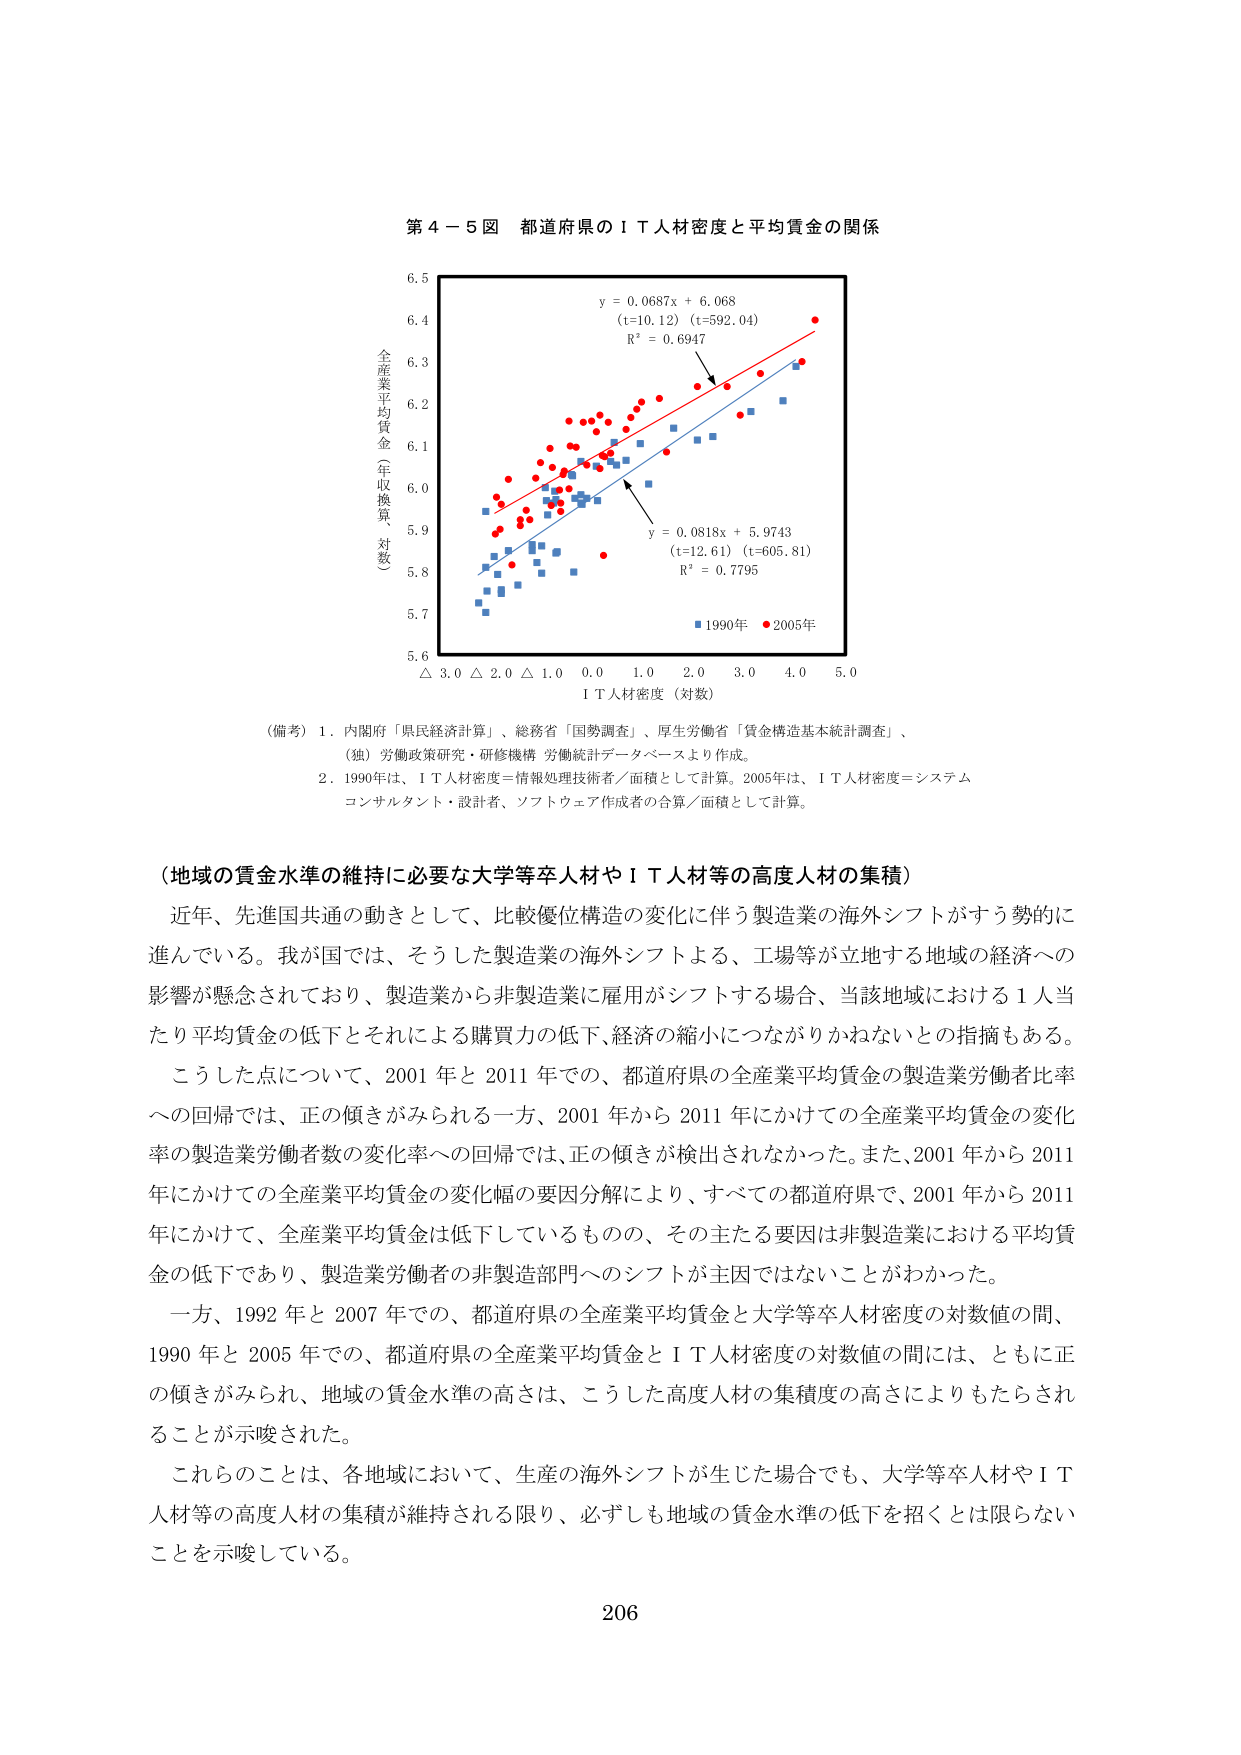
第４－５図 都道府県のＩＴ人材密度と平均賃金の関係

y = 0.0687x + 6.068
(t=10.12) (t=592.04)
R² = 0.6947

y = 0.0818x + 5.9743
(t=12.61) (t=605.81)
R² = 0.7795

全産業平均賃金（年収換算、対数）
5.6 5.7 5.8 5.9 6.0 6.1 6.2 6.3 6.4 6.5

△ 3.0 △ 2.0 △ 1.0 0.0 1.0 2.0 3.0 4.0 5.0
ＩＴ人材密度（対数）

■ 1990年 ● 2005年

（備考）1．内閣府「県民経済計算」、総務省「国勢調査」、厚生労働省「賃金構造基本統計調査」、
（独）労働政策研究・研修機構 労働統計データベースより作成。
2．1990年は、ＩＴ人材密度＝情報処理技術者／面積として計算。2005年は、ＩＴ人材密度＝システム
コンサルタント・設計者、ソフトウェア作成者の合算／面積として計算。

（地域の賃金水準の維持に必要な大学等卒人材やＩＴ人材等の高度人材の集積）
近年、先進国共通の動きとして、比較優位構造の変化に伴う製造業の海外シフトがすう勢的に
進んでいる。我が国では、そうした製造業の海外シフトよる、工場等が立地する地域の経済への
影響が懸念されており、製造業から非製造業に雇用がシフトする場合、当該地域における１人当
たり平均賃金の低下とそれによる購買力の低下、経済の縮小につながりかねないとの指摘もある。
こうした点について、2001年と2011年での、都道府県の全産業平均賃金の製造業労働者比率
への回帰では、正の傾きがみられる一方、2001年から2011年にかけての全産業平均賃金の変化
率の製造業労働者数の変化率への回帰では、正の傾きが検出されなかった。また、2001年から2011
年にかけての全産業平均賃金の変化幅の要因分解により、すべての都道府県で、2001年から2011
年にかけて、全産業平均賃金は低下しているものの、その主たる要因は非製造業における平均賃
金の低下であり、製造業労働者の非製造部門へのシフトが主因ではないことがわかった。
一方、1992年と2007年での、都道府県の全産業平均賃金と大学等卒人材密度の対数値の間、
1990年と2005年での、都道府県の全産業平均賃金とＩＴ人材密度の対数値の間には、ともに正
の傾きがみられ、地域の賃金水準の高さは、こうした高度人材の集積度の高さによりもたらされ
ることが示唆された。
これらのこととは、各地域において、生産の海外シフトが生じた場合でも、大学等卒人材やＩＴ
人材等の高度人材の集積が維持される限り、必ずしも地域の賃金水準の低下を招くとは限らない
ことを示唆している。

206